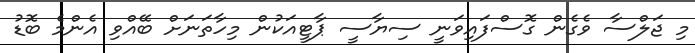
މި ޖަލްސާ ވެގެން ގޮސްފައިވަނީ ސިޔާސީ ޕާޓީއަކުން މިހާތަނަށް ބޭއްވި އެންމެ ބޮޑު